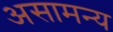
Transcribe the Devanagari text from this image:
असामन्य